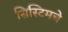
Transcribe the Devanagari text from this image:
सिस्टिमचे